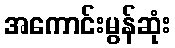
အကောင်းမွန်ဆုံး